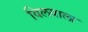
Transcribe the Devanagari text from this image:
विलयाला